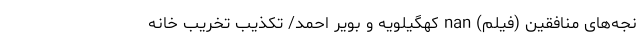
نجه‌های منافقین (فیلم) nan کهگیلویه و بویر احمد/ تکذیب تخریب خانه